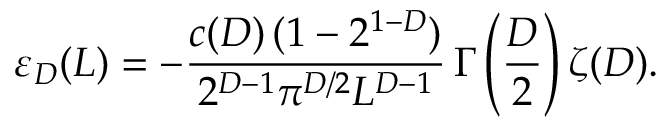
\varepsilon _ { D } ( L ) = - \frac { c ( D ) \, ( 1 - 2 ^ { 1 - D } ) } { 2 ^ { D - 1 } \pi ^ { D / 2 } L ^ { D - 1 } } \, \Gamma \left( \frac { D } { 2 } \right) \zeta ( D ) .